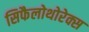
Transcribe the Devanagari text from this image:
सिफैलोथोरेक्स